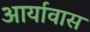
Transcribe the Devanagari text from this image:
आर्यावास